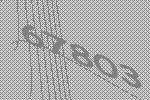
67803